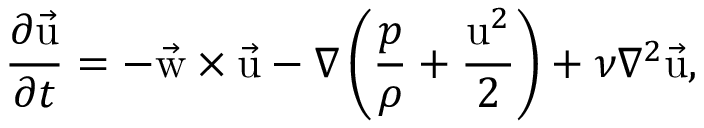
{ \frac { \partial \vec { \mathrm { u } } } { \partial t } } = - \vec { \mathrm { w } } \times \vec { \mathrm { u } } - \nabla \left( { \frac { p } { \rho } } + { \frac { \mathrm { u } ^ { 2 } } { 2 } } \right) + \nu \nabla ^ { 2 } \vec { \mathrm { u } } ,